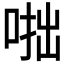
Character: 𠶯